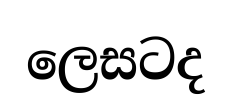
ලෙසටද